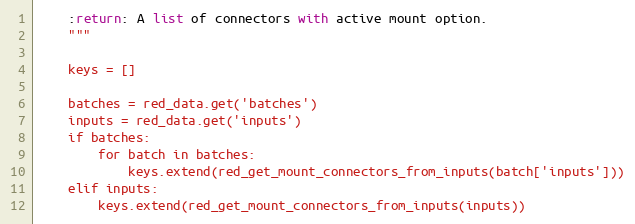
Language: Python
    :return: A list of connectors with active mount option.
    """

    keys = []

    batches = red_data.get('batches')
    inputs = red_data.get('inputs')
    if batches:
        for batch in batches:
            keys.extend(red_get_mount_connectors_from_inputs(batch['inputs']))
    elif inputs:
        keys.extend(red_get_mount_connectors_from_inputs(inputs))